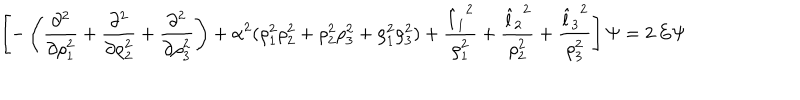
LaTeX: \left[ - \left( { \frac { \partial ^ { 2 } } { \partial \rho _ { 1 } ^ { 2 } } } + { \frac { \partial ^ { 2 } } { \partial \rho _ { 2 } ^ { 2 } } } + { \frac { \partial ^ { 2 } } { \partial \rho _ { 3 } ^ { 2 } } } \right) + { \alpha ^ { 2 } } ( \rho _ { 1 } ^ { 2 } \rho _ { 2 } ^ { 2 } + \rho _ { 2 } ^ { 2 } \rho _ { 3 } ^ { 2 } + \rho _ { 1 } ^ { 2 } \rho _ { 3 } ^ { 2 } ) + \frac { { \hat { l } _ { 1 } } ^ { 2 } } { \rho _ { 1 } ^ { 2 } } + \frac { { \hat { l } _ { 2 } } ^ { 2 } } { \rho _ { 2 } ^ { 2 } } + \frac { { \hat { l } _ { 3 } } ^ { 2 } } { \rho _ { 3 } ^ { 2 } } \right] \Psi = 2 \, E \Psi